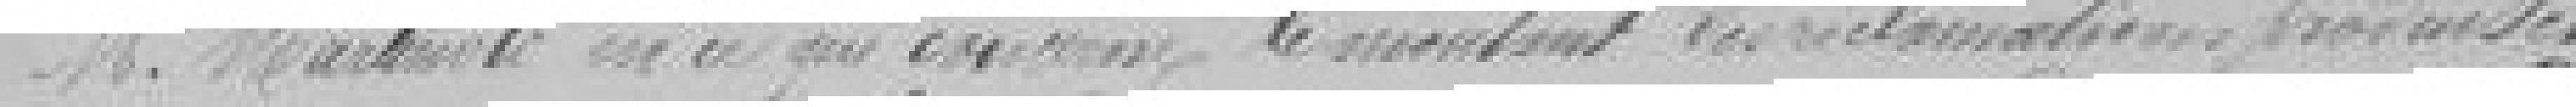
Monsieur Martineli en ce que concerne le montant des réclamations produites